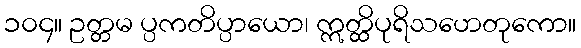
၁၀၄။ ဥတ္တမ ပ္ပကတိပ္ပာယော၊ ဣတ္ထိပုရိသဟေတုကော။